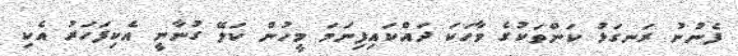
ފެނުނު ރަނގަޅު ކަންތަކުގެ ވާހަކަ ދައްކައިފިނަމަ މީހުން ކަލޭ ގުނާނީ އެކިފަހަރު އެކި